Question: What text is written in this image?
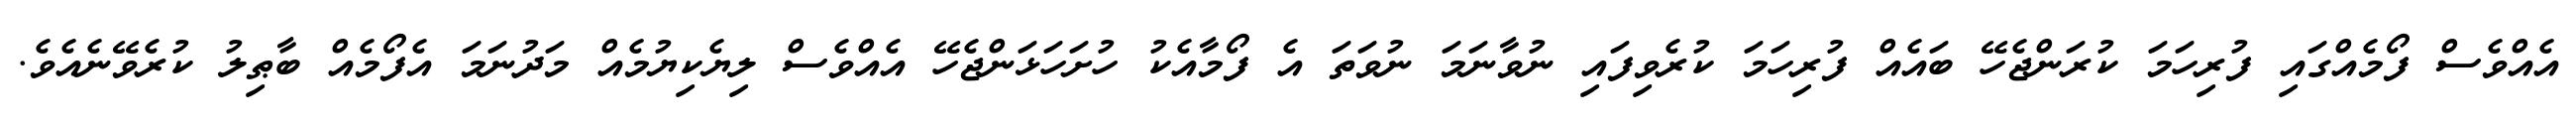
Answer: އެއްވެސް ފޯމެއްގައި ފުރިހަމަ ކުރަންޖެހޭ ބައެއް ފުރިހަމަ ކުރެވިފައި ނުވާނަމަ ނުވަތަ އެ ފޯމާއެކު ހުށަހަޅަންޖެހޭ އެއްވެސް ލިޔެކިޔުމެއް މަދުނަމަ އެފޯމެއް ބާޠިލު ކުރެވޭނެއެވެ.